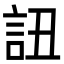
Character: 䚼